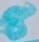
Text: 8